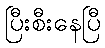
ပြီးစီးနေပြီ